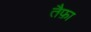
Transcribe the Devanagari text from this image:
तैफ़ा